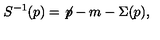
S ^ { - 1 } ( p ) = { \not \! p } - m - \Sigma ( p ) ,